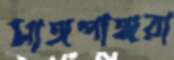
সাঙ্গপাঙ্গরা